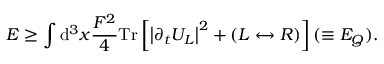
E \ge \int \mathrm { d } ^ { 3 } x { \frac { F ^ { 2 } } { 4 } } \mathrm { T r } \left[ \left| \partial _ { t } U _ { L } \right| ^ { 2 } + \left( L \leftrightarrow R \right) \right] ( \equiv E _ { Q } ) .